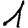
Digit: 1